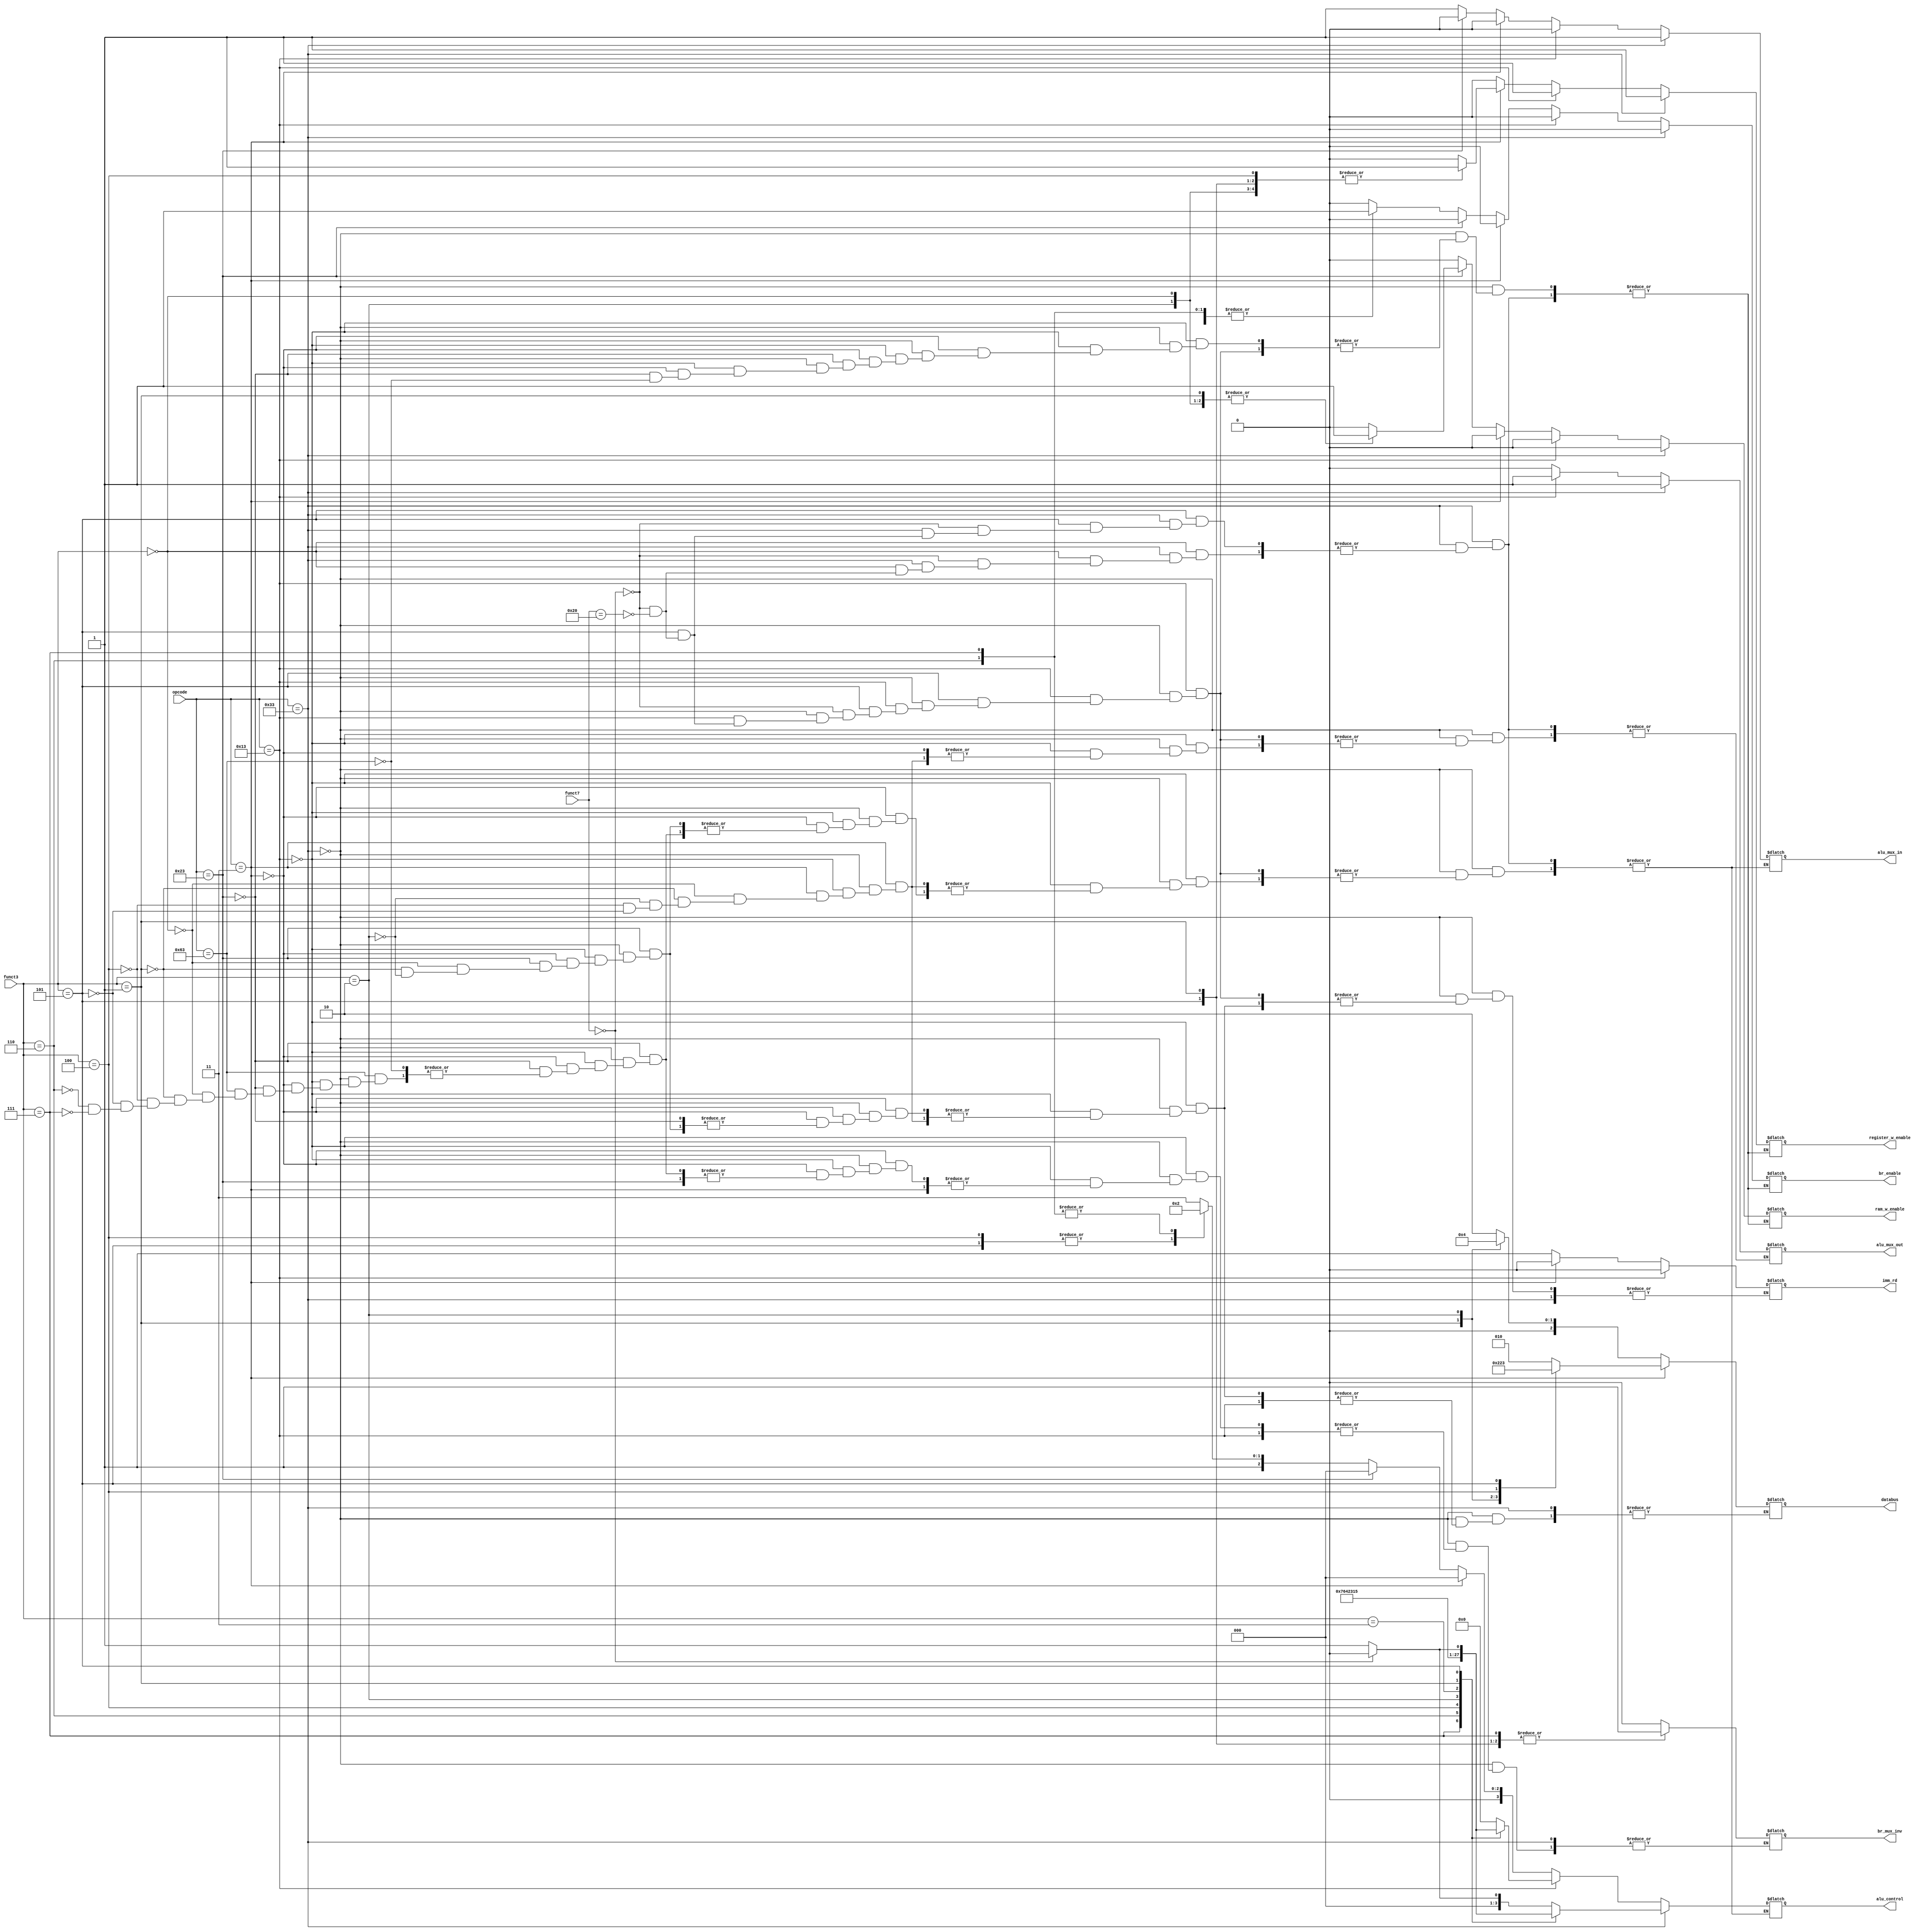
module control_unity(funct7, funct3, opcode, register_w_enable, imm_rd, alu_control, alu_mux_in, alu_mux_out, ram_w_enable, br_mux_inv, br_enable, databus);

   //Inputs & outputs
   input wire [6:0] funct7;
   input wire [2:0] funct3;
   input wire [6:0] opcode;
   
   output reg register_w_enable; //Write enable on register
   output reg imm_rd; //Sets immediate for I-type or S-type
   
   output reg [3:0] alu_control; //Sets alu operation
   output reg alu_mux_in; //Sets alu input
   output reg alu_mux_out; //Set alu output
   
   output reg ram_w_enable; //Write enable on memory ram
   
   output reg br_mux_inv; //Sets some branch operations
   output reg br_enable; //Enable branch operations
   
   output reg [2:0] databus; //Sets databus for load and store
   
   
   //Functional block
   always @*
   begin
      if (opcode==7'b0110011) //R-type
         case (funct3)
            3'b000: if (funct7==7'b0000000) //add
                    begin
                       register_w_enable = 1'b1;
                       alu_control = 4'b0000;
                       alu_mux_in = 1'b1;
                       alu_mux_out = 1'b1;
                       ram_w_enable = 1'b0;
                       br_enable = 1'b0;
                    end
                    else if (funct7==7'b0100000) //sub
                    begin
                       register_w_enable = 1'b1;
                       alu_control = 4'b0001;
                       alu_mux_in = 1'b1;
                       alu_mux_out = 1'b1;
                       ram_w_enable = 1'b0;
                       br_enable = 1'b0;
                    end
                    
            3'b111: begin //and
                       register_w_enable = 1'b1;
                       alu_control = 4'b1110;
                       alu_mux_in = 1'b1;
                       alu_mux_out = 1'b1;
                       ram_w_enable = 1'b0;
                       br_enable = 1'b0; 
                    end
                    
            3'b110: begin //or
                       register_w_enable = 1'b1;
                       alu_control = 4'b1100;
                       alu_mux_in = 1'b1;
                       alu_mux_out = 1'b1;
                       ram_w_enable = 1'b0;
                       br_enable = 1'b0;
                    end
            
            3'b100: begin //xor
                       register_w_enable = 1'b1;
                       alu_control = 4'b1000;
                       alu_mux_in = 1'b1;
                       alu_mux_out = 1'b1;
                       ram_w_enable = 1'b0;
                       br_enable = 1'b0;
                    end
            
            3'b010: begin //slt
                       register_w_enable = 1'b1;
                       alu_control = 4'b0100;
                       alu_mux_in = 1'b1;
                       alu_mux_out = 1'b1;
                       ram_w_enable = 1'b0;
                       br_enable = 1'b0;
                    end
            
            3'b011: begin //sltu
                       register_w_enable = 1'b1;
                       alu_control = 4'b0110;
                       alu_mux_in = 1'b1;
                       alu_mux_out = 1'b1;
                       ram_w_enable = 1'b0;
                       br_enable = 1'b0;
                    end
            
            3'b001: begin //sll
                       register_w_enable = 1'b1;
                       alu_control = 4'b0010;
                       alu_mux_in = 1'b1;
                       alu_mux_out = 1'b1;
                       ram_w_enable = 1'b0;
                       br_enable = 1'b0;
                    end
            
            3'b101: if (funct7==7'b0000000) //srl
                    begin
                       register_w_enable = 1'b1;
                       alu_control = 4'b1010;
                       alu_mux_in = 1'b1;
                       alu_mux_out = 1'b1;
                       ram_w_enable = 1'b0;
                       br_enable = 1'b0;
                    end
                    else if (funct7==7'b0100000) //sra
                    begin
                       register_w_enable = 1'b1;
                       alu_control = 4'b1011;
                       alu_mux_in = 1'b1;
                       alu_mux_out = 1'b1;
                       ram_w_enable = 1'b0;
                       br_enable = 1'b0;
                    end   
         endcase
      else if (opcode==7'b0010011) //I-type immediate
         case (funct3)
            3'b000: begin //addi
                       register_w_enable = 1'b1;
                       alu_control = 4'b0000;
                       alu_mux_in = 1'b0;
                       alu_mux_out = 1'b1;
                       ram_w_enable = 1'b0;
                       br_enable = 1'b0;
                       imm_rd = 1'b0;
                    end
            
            3'b111: begin //andi
                       register_w_enable = 1'b1;
                       alu_control = 4'b1110;
                       alu_mux_in = 1'b0;
                       alu_mux_out = 1'b1;
                       ram_w_enable = 1'b0;
                       br_enable = 1'b0;
                       imm_rd = 1'b0;
                    end
            
            3'b110: begin //ori
                       register_w_enable = 1'b1;
                       alu_control = 4'b1100;
                       alu_mux_in = 1'b0;
                       alu_mux_out = 1'b1;
                       ram_w_enable = 1'b0;
                       br_enable = 1'b0;
                       imm_rd = 1'b0;
                    end
            
            3'b100: begin //xori
                       register_w_enable = 1'b1;
                       alu_control = 4'b1000;
                       alu_mux_in = 1'b0;
                       alu_mux_out = 1'b1;
                       ram_w_enable = 1'b0;
                       br_enable = 1'b0;
                       imm_rd = 1'b0;
                    end
            
            3'b010: begin //slti
                       register_w_enable = 1'b1;
                       alu_control = 4'b0100;
                       alu_mux_in = 1'b0;
                       alu_mux_out = 1'b1;
                       ram_w_enable = 1'b0;
                       br_enable = 1'b0;
                       imm_rd = 1'b0;
                    end
            
            3'b011: begin //sltui
                       register_w_enable = 1'b1;
                       alu_control = 4'b0110;
                       alu_mux_in = 1'b0;
                       alu_mux_out = 1'b1;
                       ram_w_enable = 1'b0;
                       br_enable = 1'b0;
                       imm_rd = 1'b0;
                    end
            
            3'b001: begin //slli
                       register_w_enable = 1'b1;
                       alu_control = 4'b0010;
                       alu_mux_in = 1'b0;
                       alu_mux_out = 1'b1;
                       ram_w_enable = 1'b0;
                       br_enable = 1'b0;
                       imm_rd = 1'b0;
                    end
            
            3'b101: if (funct7==7'b0000000) //srli
                    begin
                       register_w_enable = 1'b1;
                       alu_control = 4'b1010;
                       alu_mux_in = 1'b0;
                       alu_mux_out = 1'b1;
                       ram_w_enable = 1'b0;
                       br_enable = 1'b0;
                       imm_rd = 1'b0;
                    end
                    else if (funct7==7'b0100000) //srai
                    begin
                       register_w_enable = 1'b1;
                       alu_control = 4'b1011;
                       alu_mux_in = 1'b0;
                       alu_mux_out = 1'b1;
                       ram_w_enable = 1'b0;
                       br_enable = 1'b0;
                       imm_rd = 1'b0;
                    end
         endcase
      else if (opcode==7'b0000011) //I-type load
         case (funct3)
            3'b000: begin //lb
                       register_w_enable = 1'b1;
                       alu_control = 4'b0000;
                       alu_mux_in = 1'b0;
                       alu_mux_out = 1'b0;
                       ram_w_enable = 1'b0;
                       br_enable = 1'b0;
                       imm_rd = 1'b0;
                       databus = 3'b010;
                    end
                    
            3'b001: begin //lh
                       register_w_enable = 1'b1;
                       alu_control = 4'b0000;
                       alu_mux_in = 1'b0;
                       alu_mux_out = 1'b0;
                       ram_w_enable = 1'b0;
                       br_enable = 1'b0;
                       imm_rd = 1'b0;
                       databus = 3'b001;
                    end
            
            3'b010: begin //lw
                       register_w_enable = 1'b1;
                       alu_control = 4'b0000;
                       alu_mux_in = 1'b0;
                       alu_mux_out = 1'b0;
                       ram_w_enable = 1'b0;
                       br_enable = 1'b0;
                       imm_rd = 1'b0;
                       databus = 3'b000;
                    end
            
            3'b100: begin //lbu
                       register_w_enable = 1'b1;
                       alu_control = 4'b0000;
                       alu_mux_in = 1'b0;
                       alu_mux_out = 1'b0;
                       ram_w_enable = 1'b0;
                       br_enable = 1'b0;
                       imm_rd = 1'b0;
                       databus = 3'b100;
                    end
            
            3'b101: begin //lhu
                       register_w_enable = 1'b1;
                       alu_control = 4'b0000;
                       alu_mux_in = 1'b0;
                       alu_mux_out = 1'b0;
                       ram_w_enable = 1'b0;
                       br_enable = 1'b0;
                       imm_rd = 1'b0;
                       databus = 3'b011;
                    end
                    
            default: begin
            		   register_w_enable = 1'b0;
                       ram_w_enable = 1'b0;
                       br_enable = 1'b0;
            		 end
         endcase
      else if (opcode==7'b0100011) //S-type
         case (funct3)
            3'b000: begin //sb
                       register_w_enable = 1'b0;
                       alu_control = 4'b0000;
                       alu_mux_in = 1'b0;
                       ram_w_enable = 1'b1;
                       br_enable = 1'b0;
                       imm_rd = 1'b1;
                       databus = 3'b010;
                    end
            
            3'b001: begin //sb
                       register_w_enable = 1'b0;
                       alu_control = 4'b0000;
                       alu_mux_in = 1'b0;
                       ram_w_enable = 1'b1;
                       br_enable = 1'b0;
                       imm_rd = 1'b1;
                       databus = 3'b001;
                    end
            
            3'b010: begin //sw
                       register_w_enable = 1'b0;
                       alu_control = 4'b0000;
                       alu_mux_in = 1'b0;
                       ram_w_enable = 1'b1;
                       br_enable = 1'b0;
                       imm_rd = 1'b1;
                       databus = 3'b000;
                    end
            
            default: begin
            		   register_w_enable = 1'b0;
                       ram_w_enable = 1'b0;
                       br_enable = 1'b0;
            		 end
         endcase
      else if (opcode==7'b1100011) //B-type
         case (funct3)
            3'b000: begin //beq
                       register_w_enable = 1'b0;
                       alu_control = 4'b0111;
                       alu_mux_in = 1'b1;
                       ram_w_enable = 1'b0;
                       br_enable = 1'b1;
                       br_mux_inv = 1'b0;
                    end
            
            3'b001: begin //bne
                       register_w_enable = 1'b0;
                       alu_control = 4'b0111;
                       alu_mux_in = 1'b1;
                       ram_w_enable = 1'b0;
                       br_enable = 1'b1;
                       br_mux_inv = 1'b1;
                    end
            
            3'b100: begin //blt
                       register_w_enable = 1'b0;
                       alu_control = 4'b0100;
                       alu_mux_in = 1'b1;
                       ram_w_enable = 1'b0;
                       br_enable = 1'b1;
                       br_mux_inv = 1'b0;
                    end
            
            3'b101: begin //bge
                       register_w_enable = 1'b0;
                       alu_control = 4'b0100;
                       alu_mux_in = 1'b1;
                       ram_w_enable = 1'b0;
                       br_enable = 1'b1;
                       br_mux_inv = 1'b1;
                    end
            
            3'b110: begin //bltu
                       register_w_enable = 1'b0;
                       alu_control = 4'b0110;
                       alu_mux_in = 1'b1;
                       ram_w_enable = 1'b0;
                       br_enable = 1'b1;
                       br_mux_inv = 1'b0;
                    end
            
            3'b111: begin //bgeu
                       register_w_enable = 1'b0;
                       alu_control = 4'b0110;
                       alu_mux_in = 1'b1;
                       ram_w_enable = 1'b0;
                       br_enable = 1'b1;
                       br_mux_inv = 1'b1;
                    end
            
            default: begin
            		   register_w_enable = 1'b0;
                       ram_w_enable = 1'b0;
                       br_enable = 1'b0;
            		 end
         endcase
   end
endmodule